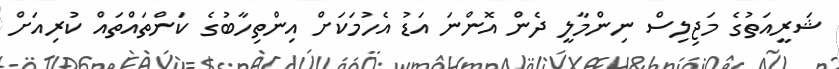
ޝަރީއަތުގެ މަޖިލިސް ނިންމާލީ ދެން އޮންނަ އަޑު އެހުމަކަށް އިންތިހާބުގެ ކަންތައްތައް ކުރިއަށް